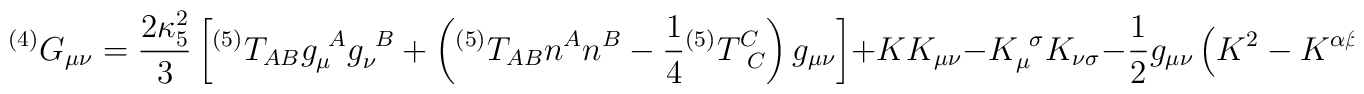
{}^{(4)}G_{\mu\nu} = {2 \kappa_5^2 \over 3}\left[{}^{(5)}T_{AB}g^{~A}_{\mu}  g^{~B}_{\nu}  +\left({}^{(5)}T_{AB}n^A n^B-{1 \over4}{}^{(5)}T^C_{~C}\right) g_{\mu\nu} \right] + KK_{\mu\nu} -K^{~\sigma}_{\mu}K_{\nu\sigma} -{1 \over 2}g_{\mu\nu}  \left(K^2-K^{\alpha\beta}K_{\alpha\beta}\right) - E_{\mu\nu},